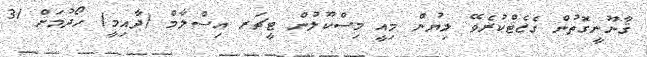
ޤާނޫނީގޮތުން ގެޒެޓްކުރެވޭ ލިޔުން މިއީ މިސްކޫލުން ޓީޗަރ އިސްލާމް (ދާއިމީ) ހޯދުމަށް 31